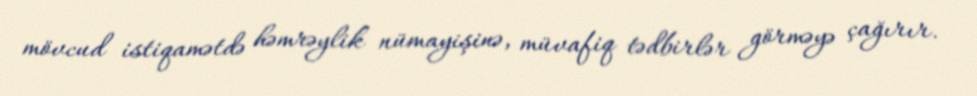
mövcud istiqamətdə həmrəylik nümayişinə, müvafiq tədbirlər görməyə çağırır.